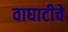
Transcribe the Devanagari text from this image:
वाघाटीचे